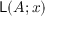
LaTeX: { \mathsf { L } } ( A ; x )